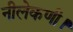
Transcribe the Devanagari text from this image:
नीलेकणी।